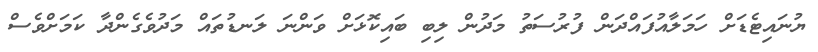
ޔުނައިޓެޑަށް ހަމަލާއުފައްދަން ފުރުސަތު މަދުން ލިބި ބައިކޮޅަށް ވަންނަ ލަނޑުތައް މަދުވެގެންދާ ކަމަށްވެސް